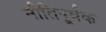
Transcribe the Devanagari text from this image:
नीतिपूर्वक